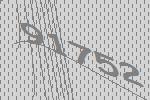
91752